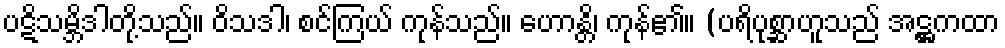
ပဋိသမ္ဘိဒါတို့သည်။ ဝိသဒါ၊ စင်ကြယ် ကုန်သည်။ ဟောန္တိ၊ ကုန်၏။ (ပရိပုစ္ဆာဟူသည် အဋ္ဌကထာ